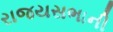
રાજયસભાની